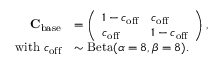
\begin{array} { r l } { \mathbf { C } _ { \mathrm { b a s e } } } & { = \left( \begin{array} { l l } { 1 - c _ { \mathrm { o f f } } } & { c _ { \mathrm { o f f } } } \\ { c _ { \mathrm { o f f } } } & { 1 - c _ { \mathrm { o f f } } } \end{array} \right) , } \\ { \mathrm { w i t h ~ } c _ { \mathrm { o f f } } } & { \sim \mathrm { B e t a } ( \alpha = 8 , \beta = 8 ) . } \end{array}